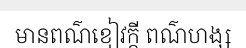
មានពណ៌ខៀវក្តី ពណ៌ហង្ស